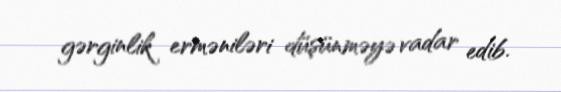
gərginlik erməniləri düşünməyə vadar edib.